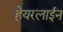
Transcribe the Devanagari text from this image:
हेयरलाईन